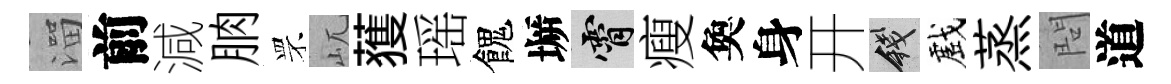
溜前減朒罘屼𫉬瑶餽󶱲霄瘦奐身开錢戲蒸問道